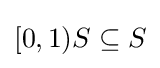
[0,1)S\subseteq S